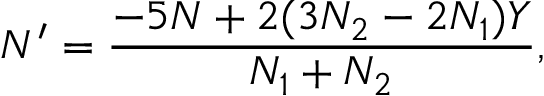
N ^ { \prime } = { \frac { - 5 N + 2 ( 3 N _ { 2 } - 2 N _ { 1 } ) Y } { N _ { 1 } + N _ { 2 } } } ,